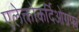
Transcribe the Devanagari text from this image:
एलेक्त्रोकर्दिओग्रफ्य